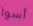
أسوا